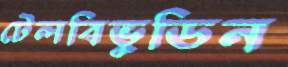
টেলবিভুডিন